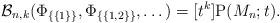
LaTeX: \begin{align*}\mathcal B_{n,k}(\Phi_{\{\{1\}\}},\Phi_{\{\{1,2\}\}},\dots)=[t^k] \mathrm P(M_n;t).\end{align*}